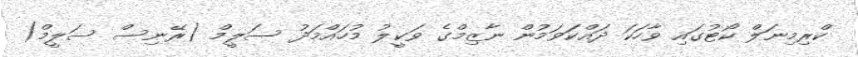
ކްރިމިނަލް ކޯޓުގައި ވާހަކަ ދައްކަވަމުން ނާޒިމްގެ ވަކީލު މުހައްމަދު ސަލީމް (ރޭނިސް ސަލީމް)